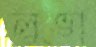
লুভা